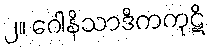
၂။ ဂေါနိသာဒိကကုဋိ